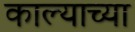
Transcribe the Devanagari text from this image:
काल्याच्या